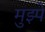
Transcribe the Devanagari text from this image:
मुझ्पे